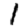
Digit: 1